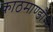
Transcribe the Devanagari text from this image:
काठमाण्डौंसे